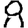
Digit: 8